Calcutta medical institutions reports 1879-81 [i.e.91]
Year: 1879
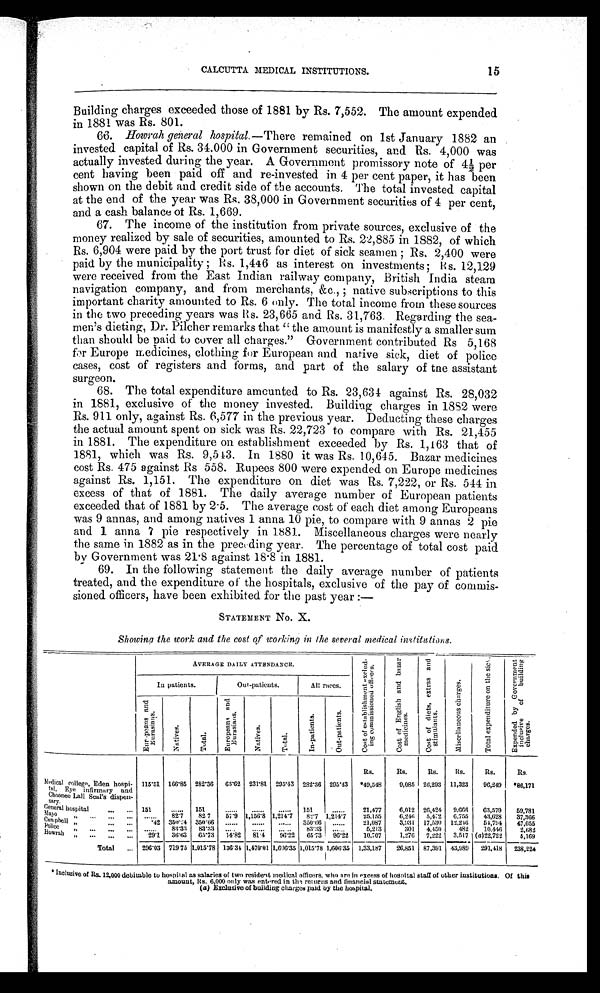
CALCUTTA MEDICAL INSTITUTIONS.
15
Building charges exceeded those of 1881 by Rs. 7,552. The amount expended
in 1881 was Rs. 801.
66.
Hoorah general hospital.—There remained on 1st January 1882 an
invested capital of Rs. 34.000 in Government securities, and Rs. 4,000 was
actually invested during the year. A Government promissory note of 4½ per
cent having been paid off and re-invested in 4 per cent paper, it has been
shown on the debit and credit side of the accounts. The total invested capital
at the end of the year was Rs. 38,000 in Government securities of 4 per cent,
and a cash balance of Rs. 1,669.
67. The income of the institution from private sources, exclusive of the
money realized by sale of securities, amounted to Rs. 22,885 in 1882, of which
Rs. 6,904 were paid by the port trust for diet of sick seamen; Rs. 2,400 were
paid by the municipality; Rs. 1,446 as interest on investments; Rs. 12,129
were received from the East Indian railway company, British India steam
navigation company, and from merchants, & c.,;n a t i v e s u b s c r i p t i o n s t o t h i s
important charity amounted to Rs. 6 only. The total income from these sources
in the two preceding years was Rs. 23,665 and Rs. 31,763. Regarding the sea-
men's dieting, Dr. Pilcher remarks that "the amount is manifestly a smaller sum
than should be paid to cover all charges." Government contributed Rs 5,168
for Europe medicines, clothing for European and native sick, diet of police
cases, cost of registers and forms, and part of the salary of the assistant
surgeon.
68. The total expenditure amounted to Rs. 23,634 against Rs. 28,032
in 1881, exclusive of the money invested. Buildiug charges in 1882 were
Rs. 911 only, against Rs. 6,577 in the previous year. Deducting these charges
the actual amount spent on sick was Rs. 22,723 to compare with Rs. 21,455
in 1881. The expenditure on establishment exceeded by Rs. 1,163 that of
1881, which was Rs. 9,543. In 1880 it was Rs. 10,645. Bazar medicines
cost Rs. 475 against Rs 558. Rupees 800 were expended on Europe medicines
against Rs. 1,151. The expenditure on diet was Rs. 7,222, or Rs. 544 in
excess of that of 1881. The daily average number of European patients
exceeded that of 1881 by 2.5. The average cost of each diet among Europeans
was 9 annas, and among natives 1 anna 10 pie, to compare with 9 annas 2 pie
and 1 anna 7 pie respectively in 1881. Miscellaneous charges were nearly
the same in 1882 as in the preceding year. The percentage of total cost paid
by Government was 21.8 against 18.8 in 1881.
69. In the following statement the daily average number of patients
treated, and the expenditure of the hospitals, exclusive of the pay of commis-
sioned officers, have been exhibited for the past year:—
STATEMENT No. X.
Showing the work and the cost of working in the several medical institutions.
AVERAGE DAILY ATTENDANCE.
C o s t o f e s t a b l i s h m e n t e x c l u d - i n g c o m m i s s i o n e d o f f i c e r s .
C o s t o f E n g l i s h a n d b a z a r
m e d i c i n e s
C o s t o f d i e t s , e x t r a s a n d s t i m u l a n t s .
M i s c e l l a n e o u s c h a r g e s .
T o t a l e x p e n d i t u r e o n t h e s i c k .
E x p e n d e d b y G o v e r n m e n t
i n c l u s i v e o f b u i l d i n g
char ges.
I n p a t i e n t s
Out-patients.
All races.
E u r o p e a n s a n d E u r a s i a n s .
N a t i v e s .
T o t a l .
E u r o p e a n s a n d E u r a s i a n s .
N a t i v e s .
T o t a l .
I n - p a t i e n t s
O u t - p a t i e n t s .
R s .
R s .
Rs.
Rs.
Rs.
Rs.
M e d i c a l c o l l e g e , E d e n h o s p i -
t a l , E y e i n f i r m a r y a n d
C h o o n e e L a l l S e a l ' s d i s p e n -
s a ry
115.51
166.85 282.36
63.62
2 3 1 . 8 1
2 9 5 . 4 3
2 8 2 . 3 6 295.43
*49,548
9 , 0 8 5 26,293
1 1 , 3 2 3
9 6 , 2 4 9 *86,171
G e n e r a l h o s p i t a l
151 ...
151
...
. . . . . . 1 5 1
...
21,477
6 , 0 1 2 26,424
9,666
6 3 , 5 7 9
5 9 , 7 8 1
M a y o " ...
82.7
82.7
57.9
1 , 1 5 6 . 8
1 , 2 1 4 . 7
8 2 . 7 1,214.7
25,155
6 , 2 4 6 5,472
6,755
4 3 , 6 2 8
3 7 , 3 6 6
C a m p b e l l "
.42
350.24 350.66 ...
. . .
. . .
3 5 0 . 6 6...
21,087
3 , 9 3 1 17,530
1 2 , 2 4 6
5 4 , 7 9 4
4 7 , 0 5 5
P o l i c e "
...
83.33
83.33
...
. . .
. . .
8 3 . 3 3
...
5 , 2 1 3
3 0 1 4,450
4 8 2
1 0 , 4 4 6
2 , 6 8 2
H o w r a h "
2 9 . 1
36.63
65.73
14.82
8 1 . 4
9 6 . 2 2
6 5 . 7 3
96.22
10, 707
1 , 2 7 6 7,222
3,517
( a ) 2 2 , 7 2 2
5 , 1 6 9
T o t a l
296.03
719.75 1,015.78
136.34
1 , 4 7 0 . 0 1
1 , 6 0 6 . 3 5
1 , 0 1 5 . 7 8
1,606.35
1,33,187
26, 851 87,391
4 3 , 9 8 9
2 9 1 , 4 1 8
2 3 8 , 2 2 4
Inclusive of Rs. 12,000 debitable to hospital as salaries of two resident medical officers, who are in excess of hospital staff of other institutions. Of this
amount, Rs. 6,000 only was entered in the returns and financial statement.
(a) Exclusive of building charges paid by the hospital.